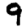
Digit: 9